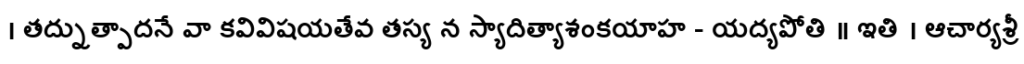
। తద్నుత్పాదనే వా కవివిషయతేవ తస్య న స్యాదిత్యాశంకయాహ - యద్యపోతి ॥ ఇతి । ఆచార్యశ్రీ